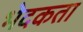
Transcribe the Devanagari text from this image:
भेदकता